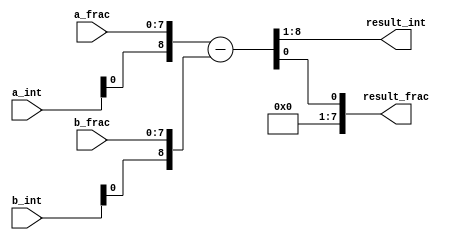
module fixed_point_subtractor (
    input wire signed [7:0] a_int,
    input wire signed [7:0] a_frac,
    input wire signed [7:0] b_int,
    input wire signed [7:0] b_frac,
    output wire signed [7:0] result_int,
    output wire signed [7:0] result_frac
);

reg signed [8:0] a;
reg signed [8:0] b;
reg signed [8:0] result;

assign a = {a_int, a_frac};
assign b = {b_int, b_frac};

always @* begin
    result = a - b;
end

assign result_int = result[8:1];
assign result_frac = result[0];

endmodule